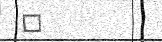
٣